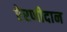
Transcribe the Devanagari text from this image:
ऐरणीदान